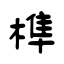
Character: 榫